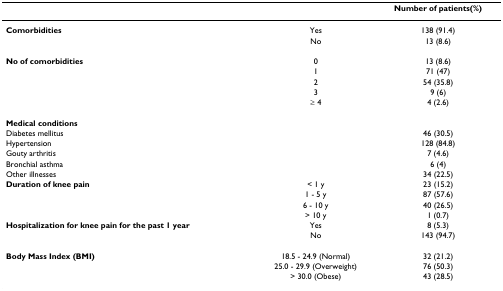
|  |  | Number of patients(%) |
 | --- | --- | --- |
 | Comorbidities | Yes | 138 (91.4) |
 |  | No | 13 (8.6) |
 | No of comorbidities | 0 | 13 (8.6) |
 |  | 1 | 71 (47) |
 |  | 2 | 54 (35.8) |
 |  | 3 | 9 (6) |
 |  | ≥ 4 | 4 (2.6) |
 | Medical conditions |  |  |
 | Diabetes mellitus |  | 46 (30.5) |
 | Hypertension |  | 128 (84.8) |
 | Gouty arthritis |  | 7 (4.6) |
 | Bronchial asthma |  | 6 (4) |
 | Other illnesses |  | 34 (22.5) |
 | Duration of knee pain | < 1 y | 23 (15.2) |
 |  | 1 - 5 y | 87 (57.6) |
 |  | 6 - 10 y | 40 (26.5) |
 |  | > 10 y | 1 (0.7) |
 | Hospitalization for knee pain for the past 1 year | Yes | 8 (5.3) |
 |  | No | 143 (94.7) |
 | Body Mass Index (BMI) | 18.5 - 24.9 (Normal) | 32 (21.2) |
 |  | 25.0 - 29.9 (Overweight) | 76 (50.3) |
 |  | > 30.0 (Obese) | 43 (28.5) |